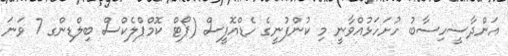
އަންދާސީހިސާބު ހުށަހަޅުއްވާނީ މި ކުންފުނީގެ ހެޑްއޮފީސް (ޕޯޓް ކޮމްޕްލެކްސް ބިލްޑިންގ 7 ވަނަ